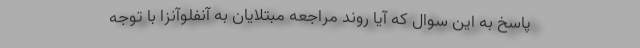
پاسخ به این سوال که آیا روند مراجعه مبتلایان به آنفلوآنزا با توجه